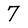
Character: 7